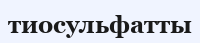
тиосульфатты